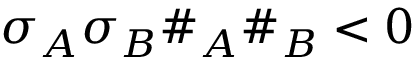
\sigma _ { A } \sigma _ { B } \# _ { A } \# _ { B } < 0